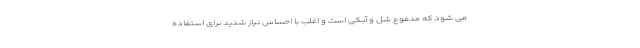
می شود که مدفوع شل و آبکی است و اغلب با احساس نیاز شدید برای استفاده